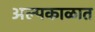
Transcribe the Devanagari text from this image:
अल्पकाळात